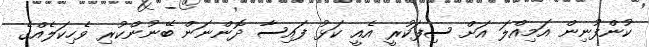
ކުންފުނިން އަމިއްލަ އަށް ސިފަކުރީ އެއީ ކަޅު ފައިސާ ދޮންނަން ބޭނުންކުރި ވެހިކަލެއްގެ